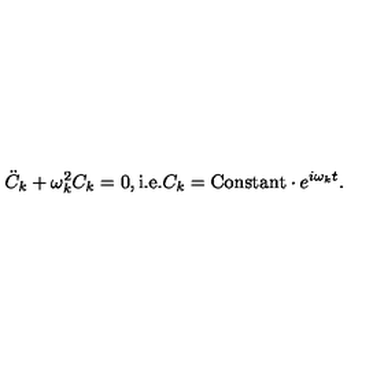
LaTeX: { \ddot { C } } _ { k } + \omega _ { k } ^ { 2 } C _ { k } = 0 , \mathrm { i . e . } C _ { k } = \mathrm { C o n s t a n t } \cdot e ^ { i \omega _ { k } t } .